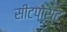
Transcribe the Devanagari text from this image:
सीटपोस्ट